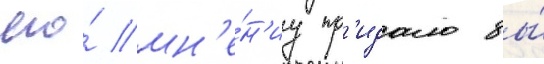
его́ мн'е́н'иу пр'идало бы́